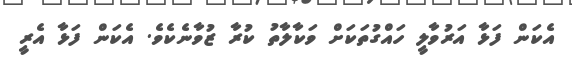
އެކަން ފަޅާ އަރުވާލީ ހައްގުތަކަށް ވަކާލާތު ކުރާ ޒުވާނެކެވެ. އެކަން ފަޅާ އެރީ